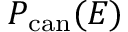
P _ { \mathrm { c a n } } ( E )